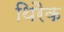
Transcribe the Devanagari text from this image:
थिरैक